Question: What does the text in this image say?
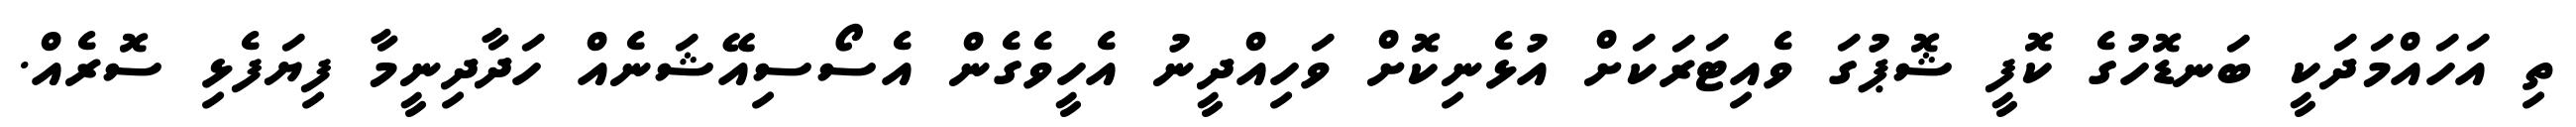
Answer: ތި އަހައްމަދަކީ ބަނޑޮހުގެ ކޮފީ ޝޮޕުގަ ވެއިޓަރަކަށް އުޅެނިކޮށް ވަހިއްދީނު އެހީވެގެން އެސޯސިއޭޝަނެއް ހަދާދިނީމާ ފިޔަފެޅި ސޮރެއް.